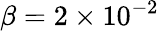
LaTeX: \beta=2\times 10^{-2}